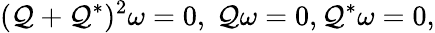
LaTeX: (\mathcal{Q}+\mathcal{Q}^{*})^{2}\omega=0,\ \mathcal{Q}\omega=0,\mathcal{Q}^{*}\omega=0,